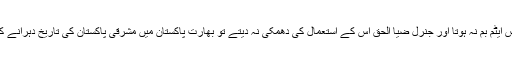
پاکستان کے پاس ایٹم بم نہ ہوتا اور جنرل ضیا الحق اس کے استعمال کی دھمکی نہ دیتے تو بھارت پاکستان میں مشرقی پاکستان کی تاریخ دہرانے کی کوشش کرتا۔